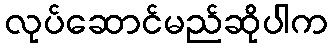
လုပ်ဆောင်မည်ဆိုပါက